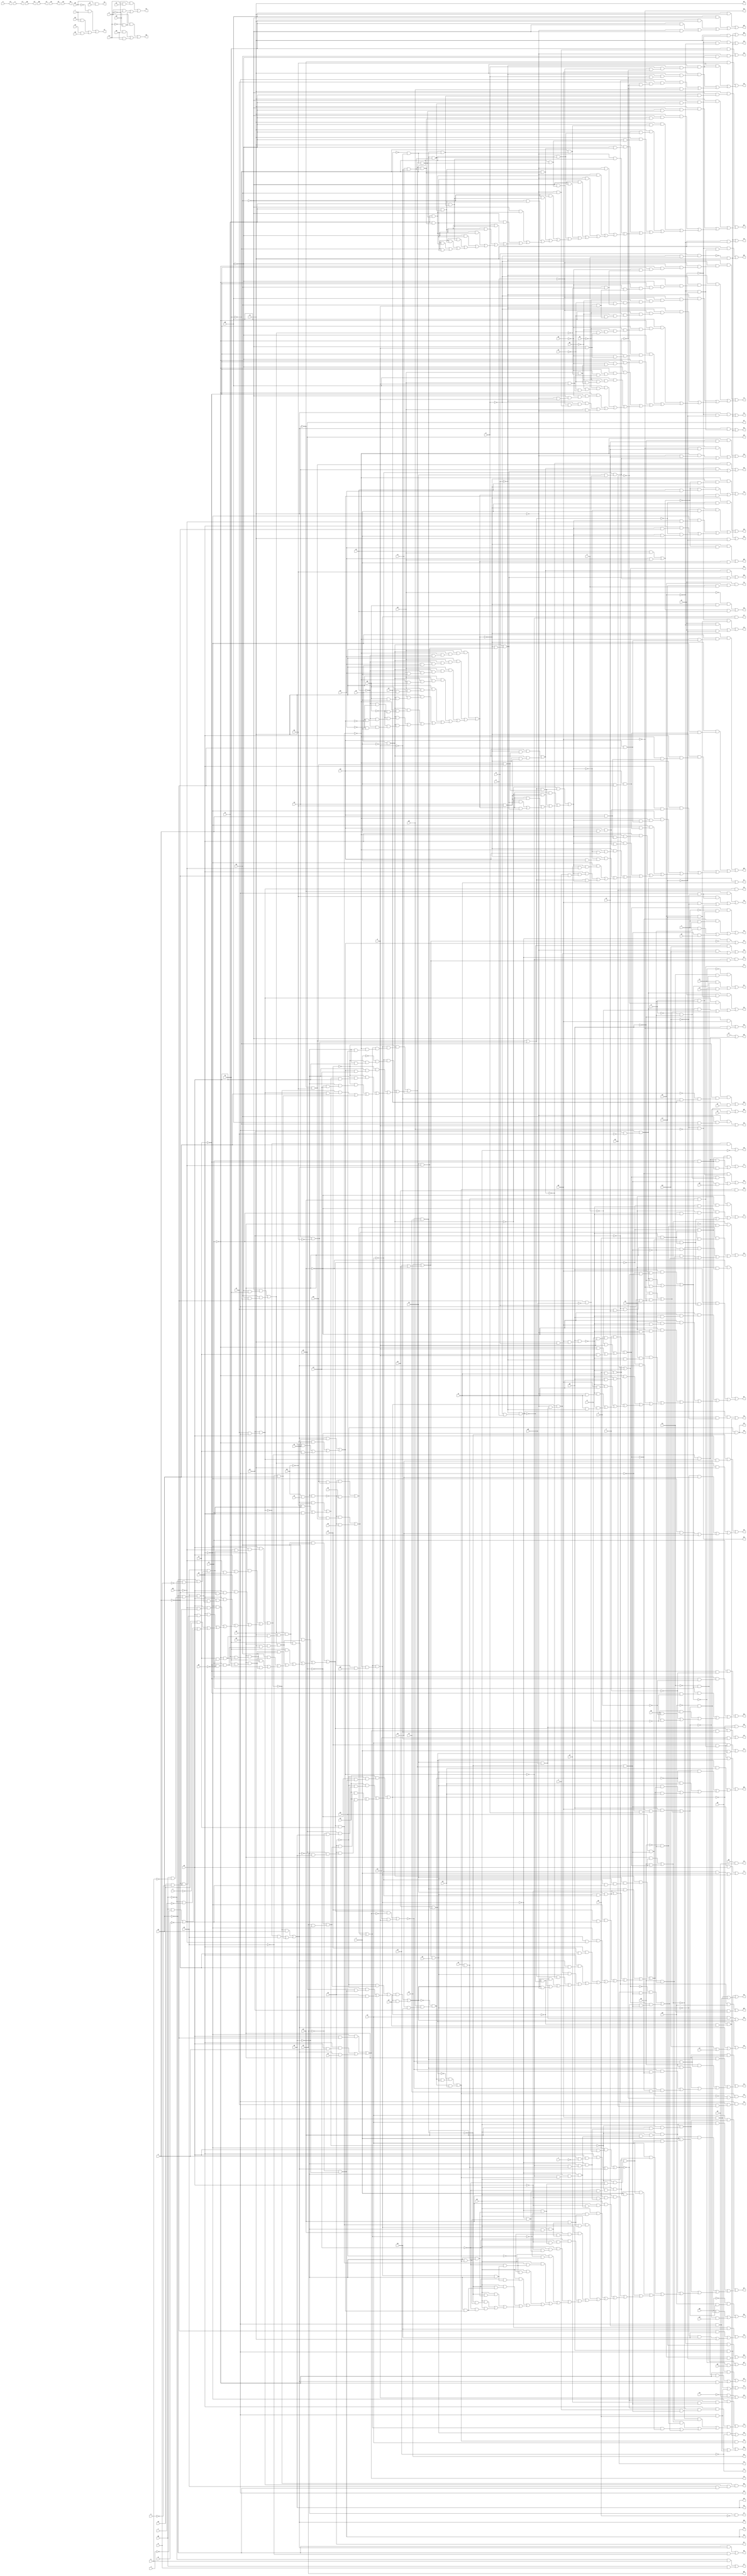
// IWLS benchmark module "rot" printed on Wed May 29 16:09:22 2002
module rot(a, b, c, d, e, f, g, h, i, j, k, l, m, n, o, p, q, r, s, t, u, v, w, \x , y, z, a0, b0, c0, d0, e0, f0, g0, h0, i0, j0, k0, l0, m0, n0, o0, p0, q0, r0, s0, t0, u0, v0, w0, x0, y0, z0, a1, b1, c1, d1, e1, f1, g1, h1, i1, j1, k1, l1, m1, n1, o1, p1, q1, r1, s1, t1, u1, v1, w1, x1, y1, z1, a2, b2, c2, d2, e2, f2, g2, h2, i2, j2, k2, l2, m2, n2, o2, p2, q2, r2, s2, t2, u2, v2, w2, x2, y2, z2, a3, b3, c3, d3, e3, f3, g3, h3, i3, j3, k3, l3, m3, n3, o3, p3, q3, r3, s3, t3, u3, v3, w3, x3, y3, z3, a4, b4, c4, d4, e4, f4, g4, h4, i4, j4, k4, l4, m4, n4, o4, p4, q4, r4, s4, t4, u4, v4, w4, x4, y4, z4, a5, b5, c5, d5, e5, f5, g5, h5, i5, j5, k5, l5, m5, n5, o5, p5, q5, r5, s5, t5, u5, v5, w5, x5, y5, z5, a6, b6, c6, d6, e6, f6, g6, h6, i6, j6, k6, l6, m6, n6, o6, p6, q6, r6, s6, t6, u6, v6, w6, x6, y6, z6, a7, b7, c7, d7, e7, f7, g7, h7, i7, j7, k7, l7, m7, n7, o7, p7, q7, r7, s7, t7, u7, v7, w7, x7, y7, z7, a8, b8, c8, d8, e8, f8, g8, h8);
input
  z0,
  z1,
  z2,
  z3,
  a,
  b,
  c,
  d,
  e,
  f,
  g,
  h,
  i,
  j,
  k,
  l,
  m,
  n,
  o,
  p,
  q,
  r,
  s,
  t,
  u,
  v,
  w,
  \x ,
  y,
  z,
  a0,
  a1,
  a2,
  a3,
  a4,
  b0,
  b1,
  b2,
  b3,
  b4,
  c0,
  c1,
  c2,
  c3,
  c4,
  d0,
  d1,
  d2,
  d3,
  d4,
  e0,
  e1,
  e2,
  e3,
  e4,
  f0,
  f1,
  f2,
  f3,
  g0,
  g1,
  g2,
  g3,
  h0,
  h1,
  h2,
  h3,
  i0,
  i1,
  i2,
  i3,
  j0,
  j1,
  j2,
  j3,
  k0,
  k1,
  k2,
  k3,
  l0,
  l1,
  l2,
  l3,
  m0,
  m1,
  m2,
  m3,
  n0,
  n1,
  n2,
  n3,
  o0,
  o1,
  o2,
  o3,
  p0,
  p1,
  p2,
  p3,
  q0,
  q1,
  q2,
  q3,
  r0,
  r1,
  r2,
  r3,
  s0,
  s1,
  s2,
  s3,
  t0,
  t1,
  t2,
  t3,
  u0,
  u1,
  u2,
  u3,
  v0,
  v1,
  v2,
  v3,
  w0,
  w1,
  w2,
  w3,
  x0,
  x1,
  x2,
  x3,
  y0,
  y1,
  y2,
  y3;
output
  z4,
  z5,
  z6,
  z7,
  a5,
  a6,
  a7,
  a8,
  b5,
  b6,
  b7,
  b8,
  c5,
  c6,
  c7,
  c8,
  d5,
  d6,
  d7,
  d8,
  e5,
  e6,
  e7,
  e8,
  f4,
  f5,
  f6,
  f7,
  f8,
  g4,
  g5,
  g6,
  g7,
  g8,
  h4,
  h5,
  h6,
  h7,
  h8,
  i4,
  i5,
  i6,
  i7,
  j4,
  j5,
  j6,
  j7,
  k4,
  k5,
  k6,
  k7,
  l4,
  l5,
  l6,
  l7,
  m4,
  m5,
  m6,
  m7,
  n4,
  n5,
  n6,
  n7,
  o4,
  o5,
  o6,
  o7,
  p4,
  p5,
  p6,
  p7,
  q4,
  q5,
  q6,
  q7,
  r4,
  r5,
  r6,
  r7,
  s4,
  s5,
  s6,
  s7,
  t4,
  t5,
  t6,
  t7,
  u4,
  u5,
  u6,
  u7,
  v4,
  v5,
  v6,
  v7,
  w4,
  w5,
  w6,
  w7,
  x4,
  x5,
  x6,
  x7,
  y4,
  y5,
  y6,
  y7;
wire
  j13,
  j14,
  j15,
  j16,
  j17,
  r12,
  r13,
  r14,
  r15,
  r16,
  z12,
  z13,
  z14,
  z15,
  z16,
  c13,
  c14,
  c15,
  c16,
  c17,
  k13,
  k14,
  k15,
  k16,
  k17,
  \[6] ,
  s12,
  s13,
  s14,
  s15,
  s16,
  d13,
  d14,
  d15,
  d16,
  d17,
  l12,
  l13,
  l14,
  l15,
  l16,
  l17,
  t12,
  t13,
  t14,
  t15,
  t16,
  e13,
  e14,
  e15,
  e16,
  e17,
  m12,
  m13,
  m14,
  m15,
  m16,
  m17,
  u12,
  u13,
  u14,
  u15,
  u16,
  f13,
  f14,
  f15,
  f16,
  f17,
  n12,
  n13,
  n14,
  n15,
  n16,
  n17,
  v12,
  v13,
  v14,
  v15,
  v16,
  g13,
  g14,
  g15,
  g16,
  g17,
  o12,
  o13,
  o14,
  o15,
  o16,
  o17,
  w12,
  w13,
  w14,
  w15,
  w16,
  h13,
  h14,
  h15,
  h16,
  h17,
  p12,
  p13,
  p14,
  p15,
  p16,
  p17,
  x12,
  x13,
  x14,
  x15,
  x16,
  a13,
  a14,
  a15,
  a16,
  a17,
  \[50] ,
  i13,
  i14,
  i15,
  i16,
  i17,
  q12,
  q13,
  q14,
  q15,
  q16,
  q17,
  y12,
  y13,
  y14,
  y15,
  y16,
  b13,
  b14,
  b15,
  b16,
  b17;
assign
  z4 = c13,
  z5 = a14,
  z6 = x14,
  z7 = q15,
  j13 = (l2 & (~d1 & ~c1)) | (~q17 & l2),
  j14 = (~g16 & (~q2 & r0)) | ((~g16 & (~p2 & r0)) | ((~g16 & (~l2 & r0)) | o16)),
  j15 = h16 & ~s16,
  j16 = r16 & a2,
  j17 = w16 & v16,
  r12 = v16 & w1,
  r13 = (l16 & j16) | ((l16 & j0) | ((~k16 & j16) | ((~k16 & j0) | ((j16 & i16) | (i16 & j0))))),
  r14 = (~g16 & (~e16 & (~g17 & c3))) | ((~e16 & (~g17 & (c3 & b3))) | (e16 & a3)),
  r15 = c4 | j17,
  r16 = t3 | (o3 | n3),
  z12 = (~y15 & (b & ~x15)) | ((y15 & (~b & ~x15)) | (x15 & d2)),
  z13 = (l3 & (t0 & g0)) | a17,
  z14 = (~y3 & (o1 & (~h17 & (~i17 & m1)))) | ((~y3 & (o1 & (~s1 & (~i17 & m1)))) | ((~y3 & (o1 & (~i17 & q2))) | ((~y3 & (o1 & (~i17 & p2))) | ((~y3 & (o1 & (~i17 & ~l2))) | ((~y3 & (o1 & (~i17 & ~q))) | ((~h17 & (~i17 & (m1 & i1))) | ((~s1 & (~i17 & (m1 & i1))) | ((~i17 & (q2 & i1)) | ((~i17 & (p2 & i1)) | ((~i17 & (~l2 & i1)) | (~i17 & (i1 & ~q)))))))))))),
  z15 = (~e17 & (m3 & (~i3 & h3))) | (~e17 & e3),
  z16 = (~z0 & (~y0 & (x0 & ~w0))) | ((~z0 & (y0 & (~x0 & ~w0))) | (z0 & w0)),
  c13 = b4 & v0,
  c14 = (q2 & m2) | ((m2 & m1) | (m2 & r0)),
  c15 = (~k1 & k17) | (~k17 & q3),
  c16 = (~c17 & (d16 & (~g16 & m3))) | ((e16 & (d16 & (~g16 & m3))) | ((~c17 & (i3 & h3)) | ((e16 & (i3 & h3)) | ((~c17 & d17) | (e16 & d17))))),
  c17 = ~a3 & ~z2,
  k13 = (~q17 & l2) | (l2 & ~d1),
  k14 = ~k2 & ~m0,
  k15 = (~h16 & ~r16) | s16,
  k16 = ~a17 & (m0 & (l0 & k0)),
  k17 = (q2 & (p2 & (~m2 & q))) | ((o17 & ~q2) | (o17 & ~p2)),
  \[6]  = ~o3,
  s12 = (l2 & (~h2 & (~g2 & (q16 & (~t2 & ~a))))) | ((l2 & (~h2 & (~g2 & (q16 & (t1 & ~a))))) | ((l2 & (~h2 & (~g2 & (m16 & (~t2 & ~a))))) | ((l2 & (~h2 & (~g2 & (m16 & (t1 & ~a))))) | ((l2 & (~g2 & (~f2 & (q16 & (~t2 & ~a))))) | ((l2 & (~g2 & (~f2 & (q16 & (t1 & ~a))))) | ((l2 & (~g2 & (~f2 & (m16 & (~t2 & ~a))))) | ((l2 & (~g2 & (~f2 & (m16 & (t1 & ~a))))) | ((~l2 & (z1 & (q16 & (~t2 & ~a)))) | ((~l2 & (z1 & (q16 & (t1 & ~a)))) | ((~l2 & (z1 & (m16 & (~t2 & ~a)))) | ((~l2 & (z1 & (m16 & (t1 & ~a)))) | ((~h2 & (~f2 & (q16 & (~t2 & ~a)))) | ((~h2 & (~f2 & (q16 & (t1 & ~a)))) | ((~h2 & (~f2 & (m16 & (~t2 & ~a)))) | ((~h2 & (~f2 & (m16 & (t1 & ~a)))) | ((~h2 & (z1 & (q16 & (~t2 & ~a)))) | ((~h2 & (z1 & (q16 & (t1 & ~a)))) | ((~h2 & (z1 & (m16 & (~t2 & ~a)))) | ((~h2 & (z1 & (m16 & (t1 & ~a)))) | ((~g2 & (z1 & (q16 & (~t2 & ~a)))) | ((~g2 & (z1 & (q16 & (t1 & ~a)))) | ((~g2 & (z1 & (m16 & (~t2 & ~a)))) | ((~g2 & (z1 & (m16 & (t1 & ~a)))) | ((~f2 & (z1 & (q16 & (~t2 & ~a)))) | ((~f2 & (z1 & (q16 & (t1 & ~a)))) | ((~f2 & (z1 & (m16 & (~t2 & ~a)))) | (~f2 & (z1 & (m16 & (t1 & ~a)))))))))))))))))))))))))))))),
  s13 = p16 & (~i16 & ~o16),
  s14 = (~o0 & (~e16 & d3)) | (g17 & c3),
  s15 = ~w16 & (v16 & (x2 & ~w2)),
  s16 = (u15 & n1) | ((~b2 & n1) | ((~s1 & n1) | (r1 & n1))),
  d13 = (~d1 & c1) | (d1 & ~c1),
  d14 = m2 & (~y1 & (x1 & w1)),
  d15 = (~l1 & (k1 & k17)) | ((l1 & (~k1 & k17)) | (~k17 & r3)),
  d16 = (~i3 & h3) | (i3 & ~h3),
  d17 = c17 & (~e16 & (t0 & ~h0)),
  l12 = (~y & (\x  & j1)) | ((y & e0) | (~\x  & e0)),
  l13 = (~q17 & l2) | (l2 & ~c1),
  l14 = (~i3 & (m2 & ~k2)) | ((h3 & (m2 & ~k2)) | ((p2 & ~k2) | (~k2 & ~m0))),
  l15 = (l3 & (a4 & (~u16 & (y3 & (~h16 & (~u15 & (~s16 & t16))))))) | ((l3 & (a4 & (~u16 & (y3 & (~h16 & (~u15 & (~s16 & p16))))))) | ((s & (a4 & (~u16 & (y3 & (~h16 & (~u15 & (~s16 & t16))))))) | ((s & (a4 & (~u16 & (y3 & (~h16 & (~u15 & (~s16 & p16))))))) | ((l3 & (a4 & (~u16 & (~v2 & (~h16 & (~u15 & t16)))))) | ((l3 & (a4 & (~u16 & (~v2 & (~h16 & (~u15 & p16)))))) | ((s & (a4 & (~u16 & (~v2 & (~h16 & (~u15 & t16)))))) | ((s & (a4 & (~u16 & (~v2 & (~h16 & (~u15 & p16)))))) | ((a4 & (y3 & (~u2 & (~h16 & (~u15 & (~s16 & t16)))))) | ((a4 & (y3 & (~u2 & (~h16 & (~u15 & (~s16 & p16)))))) | ((a4 & (~f16 & (y3 & (h16 & (~u15 & ~s16))))) | ((a4 & (g16 & (y3 & (h16 & (~u15 & ~s16))))) | ((a4 & (y3 & (~y2 & (h16 & (~u15 & ~s16))))) | ((a4 & (~v2 & (~u2 & (~h16 & (~u15 & t16))))) | ((a4 & (~v2 & (~u2 & (~h16 & (~u15 & p16))))) | ((a4 & (~f16 & (~v2 & (h16 & ~u15)))) | ((a4 & (g16 & (~v2 & (h16 & ~u15)))) | ((a4 & (~y2 & (~v2 & (h16 & ~u15)))) | ((a4 & (~q16 & (h16 & ~u15))) | ((a4 & (~q16 & (~u15 & s16))) | ((a4 & (~q16 & (~u15 & t16))) | ((a4 & (~q16 & (~u15 & p16))) | (a4 & (~v2 & (~u15 & s16)))))))))))))))))))))))),
  l16 = n3 & (t0 & ~h0),
  l17 = (q2 & (p2 & (~m2 & p))) | n17,
  t12 = (~h2 & (~f2 & (~t1 & (~a & t2)))) | (t2 & a1),
  t13 = (j16 & ~o3) | m17,
  t14 = (x16 & (l2 & ~k2)) | m17,
  t15 = (~v16 & w2) | ~a4,
  t16 = e4 & i1,
  e13 = (~e1 & (d1 & c1)) | ((e1 & ~d1) | (e1 & ~c1)),
  e14 = (~q2 & p2) | (q2 & ~p2),
  e15 = t16 & y3,
  e16 = (l2 & (o0 & (c17 & (~g16 & (~c3 & b3))))) | ((l2 & (o0 & (c17 & (~c3 & (b3 & ~a3))))) | ((l2 & (o0 & (c17 & (~c3 & (b3 & z2))))) | ((l2 & (o0 & (c17 & (~g16 & d3)))) | ((l2 & (o0 & (c17 & (d3 & ~a3)))) | ((l2 & (o0 & (c17 & (d3 & z2)))) | ((c17 & (~g16 & (~d3 & (~c3 & ~b3)))) | ((c17 & (~d3 & (~c3 & (~b3 & ~a3)))) | (c17 & (~d3 & (~c3 & (~b3 & z2))))))))))),
  e17 = ~u15 & (b2 & v1),
  m12 = (~y1 & p0) | (y1 & k1),
  m13 = e1 & (d1 & (c1 & n)),
  m14 = (y16 & h3) | (d17 | o16),
  m15 = (d4 & ~s1) | ((j17 & ~s1) | (u15 & ~s1)),
  m16 = (~z3 & (h16 & (f16 & (~g16 & (~u15 & y2))))) | ((~l3 & (~s & (~z3 & (~u15 & u2)))) | ((~z3 & (~u15 & (s16 & v2))) | ((~z3 & (~u15 & (u16 & u2))) | ((~z3 & (~u15 & (~y3 & v2))) | ((~w16 & (v16 & w2)) | (~x2 & w2)))))),
  m17 = ~p17 & (~z16 & j2),
  u12 = (~q & (~p & (~o & (~g2 & (~s1 & (~r1 & (~q1 & (h2 & ~f17)))))))) | ((~q & (~p & (~o & (~g2 & (~s1 & (~r1 & (~q1 & (h2 & a)))))))) | ((~q & (~p & (~o & (g2 & (~h1 & (~g1 & (~f1 & (h2 & ~f17)))))))) | ((~q & (~p & (~o & (g2 & (~h1 & (~g1 & (~f1 & (h2 & a)))))))) | ((g2 & (~s1 & (~r1 & (~q1 & (~h1 & (~g1 & (~f1 & (~h2 & a)))))))) | ((~g2 & (~s1 & (~r1 & (~q1 & (~h2 & a))))) | ((~g2 & (~s1 & (~r1 & (~q1 & (o0 & ~f17))))) | ((~g2 & (~s1 & (~r1 & (~q1 & (o0 & a))))) | ((g2 & (~h1 & (~g1 & (~f1 & (o0 & ~f17))))) | ((g2 & (~h1 & (~g1 & (~f1 & (o0 & a))))) | ((~s1 & (~r1 & (~q1 & (~h2 & (~l2 & a))))) | ((~q & (~p & (~o & (h2 & ~l2)))) | (o0 & ~l2)))))))))))),
  u13 = (~c17 & k0) | ((h0 & k0) | ((~j16 & k0) | l2)),
  u14 = ~p17 & (t0 & g0),
  u15 = (~w16 & w2) | ((~v16 & x2) | (~x2 & w2)),
  u16 = (u15 & s0) | ((~b2 & s0) | (s1 & s0)),
  f13 = (l2 & (~e1 & (~d1 & ~c1))) | (~q17 & l2),
  f14 = (q2 & m2) | ((p2 & m2) | (m2 & r0)),
  f15 = ~u15 & ~m1,
  f16 = a16 | z15,
  f17 = (~h2 & (~g2 & f2)) | (h2 & (~g2 & ~f2)),
  n12 = u15 | v2,
  n13 = (s1 & (~r1 & ~f)) | ((s1 & (~r1 & ~e)) | ((s1 & (~r1 & ~d)) | ((b1 & ~f) | ((b1 & ~e) | (b1 & ~d))))),
  n14 = (~y16 & (~i3 & h3)) | ((y16 & i3) | d17),
  n15 = (d4 & (s1 & ~r1)) | ((j17 & (s1 & ~r1)) | (u15 & (s1 & ~r1))),
  n16 = (h17 & ~p12) | (f0 & a),
  n17 = (~q2 & (m2 & (~y1 & (x1 & r0)))) | (~p2 & (m2 & (~y1 & (x1 & r0)))),
  v12 = (h17 & (p12 & ~a)) | (f0 & ~a),
  v13 = (~q16 & (u2 & l0)) | ((f17 & l2) | ((~j16 & l0) | ((~s0 & l0) | z1))),
  v14 = ~z0 & ~y0,
  v15 = ~x0 & ~w0,
  v16 = y1 & (x1 & m2),
  g13 = (l2 & (~e1 & ~d1)) | (~q17 & l2),
  g14 = (~p0 & l17) | (~l17 & v3),
  g15 = o17 | i1,
  g16 = h17 & r1,
  g17 = (c3 & o0) | (b3 & o0),
  o12 = (~s0 & (u2 & (h0 & ~g0))) | ((s0 & (u2 & (u & ~t))) | u15),
  o13 = (~l2 & (h2 & (g2 & ~f2))) | a,
  o14 = (~e16 & (~d16 & z2)) | ((~e16 & (~c16 & z2)) | ((~s0 & (c16 & ~h0)) | ((s0 & (c16 & ~u)) | (~d16 & (c16 & z2))))),
  o15 = (~p3 & r) | ((k3 & r) | (s2 & u0)),
  o16 = ~l3 & (t0 & (h0 & ~g0)),
  o17 = m2 & (y1 & ~x1),
  w12 = (~s0 & (~o12 & (i0 & x15))) | ((s0 & (~o12 & (v & x15))) | ((~b16 & (n2 & ~x15)) | ((b16 & (~n2 & ~x15)) | ((f16 & (y2 & x15)) | ((~n12 & (o12 & x15)) | (n12 & (~o12 & x15))))))),
  w13 = (~i3 & (l2 & (~q & (p & (~o & ~o16))))) | ((h3 & (l2 & (~q & (p & (~o & ~o16))))) | ((p2 & (l2 & (~q & (p & ~o16)))) | ((m2 & (~y1 & (x1 & (~w1 & ~o16)))) | (~o16 & m0)))),
  w14 = ~x0 & ~w0,
  w15 = (~w2 & u15) | (~w2 & ~x2),
  w16 = (~s0 & (u2 & (~h0 & (x2 & (~w2 & (~d0 & ~m)))))) | ((~s0 & (u2 & (~h0 & (x2 & (~w2 & (d0 & ~k)))))) | ((s0 & (u2 & (~u & (x2 & (~w2 & (~d0 & ~m)))))) | ((s0 & (u2 & (~u & (x2 & (~w2 & (d0 & ~k)))))) | ((~s0 & (u2 & (~h0 & (u3 & ~h)))) | ((s0 & (u2 & (~u & (u3 & ~h)))) | ((u3 & ~i) | ((~d0 & ~l) | ((d0 & ~j) | ~g)))))))),
  h13 = (l2 & (~e1 & ~c1)) | (~q17 & l2),
  h14 = (~q0 & (p0 & l17)) | ((q0 & (~p0 & l17)) | (~l17 & w3)),
  h15 = (x15 & u2) | ((~l3 & s) | h16),
  h16 = f16 & (~g16 & (~e17 & g3)),
  h17 = (h2 & (f17 & (o2 & (l2 & (~s1 & (r1 & ~p1)))))) | ((h2 & (f17 & (o2 & (l2 & (s1 & (~r1 & ~p1)))))) | ((f2 & (f17 & (o2 & (l2 & (~s1 & (r1 & ~p1)))))) | ((f2 & (f17 & (o2 & (l2 & (s1 & (~r1 & ~p1)))))) | ((h2 & (o2 & (z1 & (~s1 & (r1 & ~p1))))) | ((h2 & (o2 & (z1 & (s1 & (~r1 & ~p1))))) | ((f2 & (o2 & (z1 & (~s1 & (r1 & ~p1))))) | (f2 & (o2 & (z1 & (s1 & (~r1 & ~p1))))))))))),
  p12 = (~s0 & (u2 & h0)) | ((s0 & (u2 & u)) | (u15 & c2)),
  p13 = (f2 & (~l2 & h2)) | (~l2 & (h2 & ~g2)),
  p14 = (~e16 & (~s0 & (~g16 & (a3 & h0)))) | ((~e16 & (~s0 & (a3 & (z2 & h0)))) | ((~e16 & (s0 & (~g16 & (a3 & u)))) | ((~e16 & (s0 & (a3 & (z2 & u)))) | ((~s0 & (~g16 & (c16 & (a3 & h0)))) | ((~s0 & (c16 & (a3 & (z2 & h0)))) | ((s0 & (~g16 & (c16 & (a3 & u)))) | ((s0 & (c16 & (a3 & (z2 & u)))) | ((~e16 & (~g16 & (~c16 & a3))) | ((~e16 & (~c16 & (a3 & z2))) | ((~s0 & (c16 & (i0 & ~h0))) | ((s0 & (c16 & (v & ~u))) | (d16 & c16)))))))))))),
  p15 = p3 & j3,
  p16 = (~l16 & (k16 & j16)) | (k16 & j0),
  p17 = (u1 & (~z0 & (~y0 & (~x0 & ~w0)))) | ((u1 & (~z0 & (y0 & (~x0 & w0)))) | ((u1 & (z0 & (~y0 & (x0 & ~w0)))) | (u1 & (z0 & (y0 & (x0 & w0)))))),
  x12 = (b16 & (~o2 & (~n2 & ~x15))) | ((a16 & (z15 & (y2 & x15))) | ((~b16 & (o2 & ~x15)) | ((o2 & (n2 & ~x15)) | ((~n12 & (o12 & x15)) | (n12 & (~o12 & x15)))))),
  x13 = p16 & n3,
  x14 = ~z0 & ~y0,
  x15 = ~q16 & m16,
  x16 = ~q & (~p & o),
  a5 = m2,
  a6 = b14,
  a7 = y0,
  a8 = r15,
  b5 = d13,
  b6 = c14,
  b7 = z0,
  b8 = s15,
  c5 = e13,
  c6 = d14,
  c7 = y14,
  c8 = t15,
  d5 = f13,
  d6 = \[50] ,
  d7 = z14,
  d8 = u15,
  e5 = g13,
  e6 = e14,
  e7 = a15,
  e8 = v15,
  f4 = l12,
  f5 = h13,
  f6 = f14,
  f7 = b15,
  f8 = w0,
  g4 = m12,
  g5 = i13,
  g6 = g14,
  g7 = c15,
  a13 = (y15 & (~c & (b & ~x15))) | ((~y15 & (c & ~x15)) | ((c & (~b & ~x15)) | (x15 & e2))),
  g8 = x0,
  a14 = l16 | (u15 | (k2 | i2)),
  a15 = (l3 & (z3 & (y3 & t16))) | (s & (z3 & (y3 & t16))),
  a16 = (~e17 & (m3 & (i3 & ~h3))) | (~e17 & f3),
  a17 = (p17 & j2) | (z16 & j2),
  h4 = n12,
  h5 = j13,
  h6 = h14,
  h7 = d15,
  h8 = w15,
  i4 = o12,
  i5 = k13,
  i6 = i14,
  i7 = e15,
  \[50]  = ~p2,
  j4 = p12,
  j5 = l13,
  j6 = j14,
  j7 = f15,
  i13 = (~q17 & l2) | (l2 & ~e1),
  i14 = p16 & l3,
  i15 = ~h16 & (~s16 & r16),
  i16 = (c17 & (t0 & (j16 & (~l3 & ~h0)))) | ((q16 & (t0 & (j16 & ~l3))) | ((~u2 & (t0 & (j16 & ~l3))) | ((~s0 & (z3 & ~h0)) | ((~s0 & (u15 & ~h0)) | ((s0 & (z3 & ~u)) | ((s0 & (u15 & ~u)) | ((b17 & j16) | ((d16 & ~y16) | ((a17 & ~z16) | ((a17 & ~x16) | (a17 & ~l2))))))))))),
  i17 = q2 & (p2 & (l2 & q)),
  k4 = s3,
  k5 = l2,
  k6 = k14,
  k7 = g15,
  l4 = \[6] ,
  l5 = m13,
  l6 = l14,
  l7 = h15,
  m4 = t3,
  m5 = n13,
  m6 = m14,
  m7 = i15,
  q12 = (o17 & (e1 & (d1 & c1))) | ((v16 & ~w1) | ((o17 & ~n) | n17)),
  q13 = (g2 & l2) | ((g2 & ~h2) | ((f2 & l2) | ((f2 & ~h2) | (~l2 & ~h2)))),
  q14 = (~e16 & (~g17 & b3)) | (e16 & z2),
  q15 = (~d0 & k) | (d0 & m),
  q16 = ~n16 & r2,
  q17 = q & (~p & n),
  n4 = q12,
  n5 = o13,
  n6 = n14,
  n7 = j15,
  o4 = r12,
  o5 = p13,
  o6 = o14,
  o7 = k15,
  p4 = s12,
  p5 = q13,
  p6 = p14,
  p7 = l15,
  y12 = (o2 & (~n16 & m16)) | ((o2 & (~n16 & r2)) | ((n2 & (~n16 & m16)) | ((n2 & (~n16 & r2)) | ((~n16 & (m16 & ~y15)) | (~n16 & (~y15 & r2)))))),
  y13 = (~x16 & k2) | ((~l2 & k2) | b17),
  y14 = (~y3 & (o1 & (~h17 & ~i17))) | ((~y3 & (o1 & (~s1 & ~i17))) | ((~h17 & (~i17 & m1)) | (~s1 & (~i17 & m1)))),
  y15 = (f & (e & (d & a))) | ((~n & a) | ((~s1 & a) | (r1 & a))),
  y16 = (c17 & (~e16 & (~g16 & m3))) | (c17 & (~e16 & (i3 & h3))),
  q4 = t12,
  q5 = r13,
  q6 = q14,
  q7 = m15,
  r4 = u12,
  r5 = s13,
  r6 = r14,
  r7 = n15,
  s4 = v12,
  s5 = t13,
  s6 = s14,
  s7 = w,
  t4 = w12,
  t5 = u13,
  t6 = t14,
  t7 = z,
  u4 = x12,
  u5 = v13,
  u6 = u14,
  u7 = a0,
  v4 = y12,
  v5 = w13,
  v6 = v14,
  v7 = b0,
  w4 = z12,
  w5 = x13,
  w6 = y0,
  w7 = c0,
  b13 = (~x3 & v0) | a,
  b14 = (y & (~\x  & e0)) | ((~y & n0) | (\x  & n0)),
  b15 = (q2 & m2) | ((p2 & m2) | (m2 & m1)),
  b16 = (o2 & y15) | (n2 & y15),
  b17 = p17 & (~l2 & (t0 & g0)),
  x4 = a13,
  x5 = y13,
  x6 = w14,
  x7 = o15,
  y4 = b13,
  y5 = z13,
  y6 = w0,
  y7 = p15;
endmodule